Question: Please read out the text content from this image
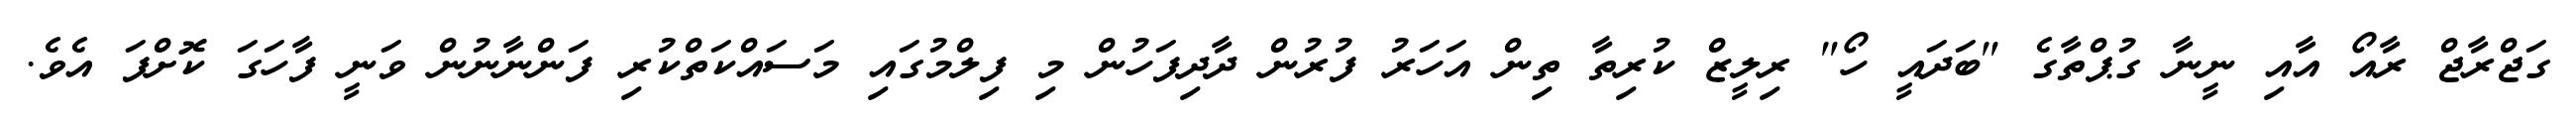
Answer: ގަޖްރާޖް ރާއޯ އާއި ނީނާ ގުޕްތާގެ "ބަދައީ ހޯ" ރިލީޒް ކުރިތާ ތިން އަހަރު ފުރުން ދާދިފަހުން މި ފިލްމުގައި މަސައްކަތްކުރި ފަންނާނުން ވަނީ ފާހަގަ ކޮށްފަ އެވެ.